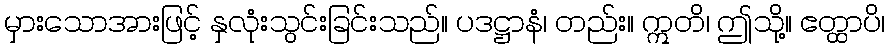
မှားသောအားဖြင့် နှလုံးသွင်းခြင်းသည်။ ပဒဋ္ဌာနံ၊ တည်း။ ဣတိ၊ ဤသို့။ ဧတ္ထာပိ၊